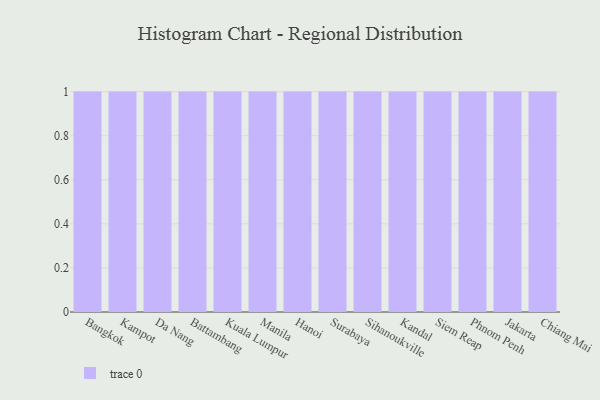
{"axis": {"x": "City", "y": "Shipments"}, "legend": [""], "data": [{"x": "Bangkok", "y": 24, "type": ""}, {"x": "Kampot", "y": 81, "type": ""}, {"x": "Da Nang", "y": 6, "type": ""}, {"x": "Battambang", "y": 31, "type": ""}, {"x": "Kuala Lumpur", "y": 81, "type": ""}, {"x": "Manila", "y": 74, "type": ""}, {"x": "Hanoi", "y": 9, "type": ""}, {"x": "Surabaya", "y": 9, "type": ""}, {"x": "Sihanoukville", "y": 71, "type": ""}, {"x": "Kandal", "y": 43, "type": ""}, {"x": "Siem Reap", "y": 48, "type": ""}, {"x": "Phnom Penh", "y": 88, "type": ""}, {"x": "Jakarta", "y": 18, "type": ""}, {"x": "Chiang Mai", "y": 84, "type": ""}]}